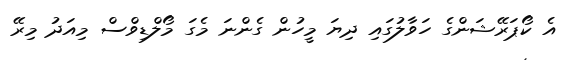
އެ ކޯޕަރޭޝަންގެ ހަވާލުގައި ދިޔަ މީހުން ގެންނަ މެގަ މޯލްޑިވްސް މިއަދު މިރޭ